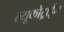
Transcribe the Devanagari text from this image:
ल्यूकोट्राईन